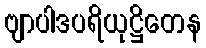
ဗျာပါဒပရိယုဋ္ဌိတေန